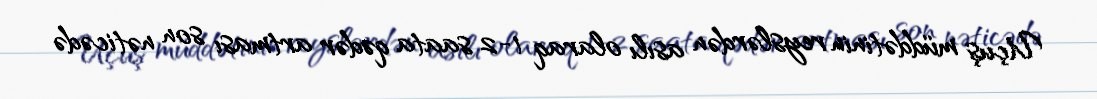
Uçuş müddətinin reyslərdən asılı olaraq 1-2 saata qədər artması son nəticədə